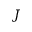
J